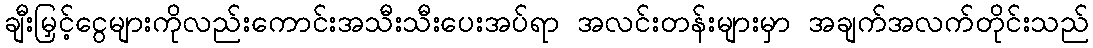
ချီးမြှင့်ငွေများကိုလည်းကောင်းအသီးသီးပေးအပ်ရာ အလင်းတန်းများမှာ အချက်အလက်တိုင်းသည်